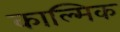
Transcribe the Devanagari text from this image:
काल्मिक